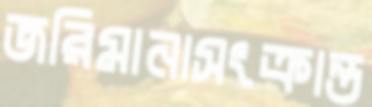
জরিমানাসংক্রান্ত